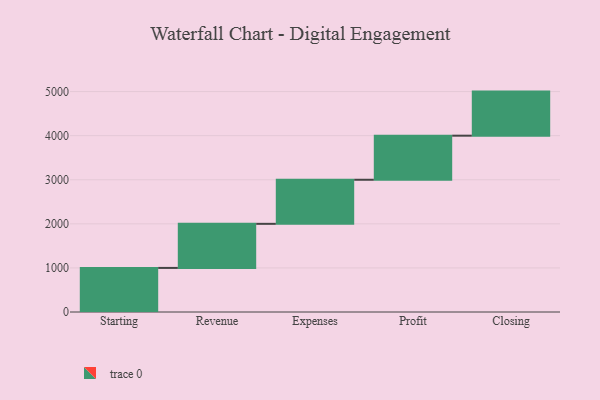
{"axis": {"x": "Step", "y": "Value"}, "legend": [""], "data": [{"x": "Starting", "y": 1000, "type": ""}, {"x": "Revenue", "y": 1000, "type": ""}, {"x": "Expenses", "y": 1000, "type": ""}, {"x": "Profit", "y": 1000, "type": ""}, {"x": "Closing", "y": 1000, "type": ""}]}